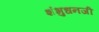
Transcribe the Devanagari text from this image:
शंभुधनजी